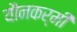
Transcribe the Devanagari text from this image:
यौनकर्मी